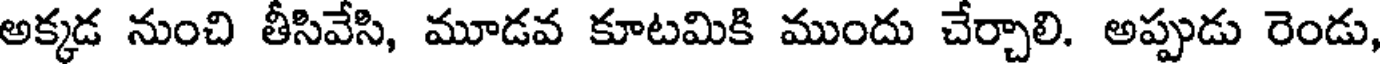
అక్కడ నుంచి తీసివేసి, మూడవ కూటమికి ముందు చేర్చాలి. అప్పుడు రెండు,